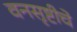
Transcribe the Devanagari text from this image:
वनसृष्टीचे